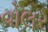
વોલર